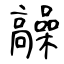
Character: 髞